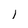
Character: l